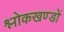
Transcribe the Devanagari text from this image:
श्लोकखण्डों